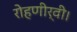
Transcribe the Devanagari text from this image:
रोहणीर्वी।